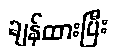
ချန်ထားပြီး